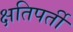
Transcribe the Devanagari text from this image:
क्षतिपर्ती